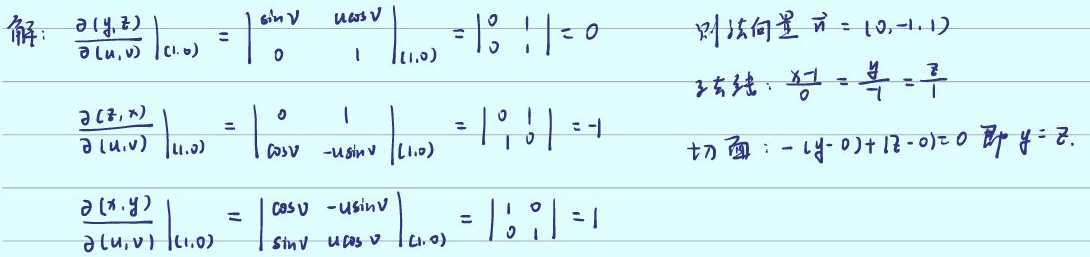
解：
\[
\begin{align*}
\left.\frac{\partial(y,z)}{\partial(u,v)}\right|_{(1,0)}&=\begin{vmatrix}\sin v & u\cos v\\0 & 1\end{vmatrix}\big|_{(1,0)}=\begin{vmatrix}0 & 1\\0 & 1\end{vmatrix}=0\\
\left.\frac{\partial(z,x)}{\partial(u,v)}\right|_{(1,0)}&=\begin{vmatrix}0 & 1\\\cos v & -u\sin v\end{vmatrix}\big|_{(1,0)}=\begin{vmatrix}0 & 1\\1 & 0\end{vmatrix}=-1\\
\left.\frac{\partial(x,y)}{\partial(u,v)}\right|_{(1,0)}&=\begin{vmatrix}\cos v & -u\sin v\\\sin v & u\cos v\end{vmatrix}\big|_{(1,0)}=\begin{vmatrix}1 & 0\\0 & 1\end{vmatrix}=1
\end{align*}
\]
则法向量\(\vec{n} = (0, -1, 1)\)。
切线：\(\frac{x - 1}{0}=\frac{y}{-1}=\frac{z}{1}\)。
切面：\(-1(y - 0)+1(z - 0)=0\)，即 \(y = z\)。